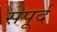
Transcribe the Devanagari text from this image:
सपूर्द